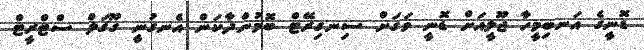
ޑޮނީގެ އަނބިމީހާ ޖޫލީއަށް ޑޮނީ ވަގަށް ސިނގިރޭޓް ބޮމުންދާކަން އެނގުނީ ގޫގަލް ސްޓްރީޓް